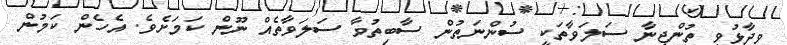
ވިދާޅުވީ ތުންޖީނާ ސަލަވާތަކީ ސުންނަތުން ސާބިތުވާ ސަލަވާތެއް ނޫން ކަމަށެވެ. އެހެން ކަމުން